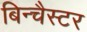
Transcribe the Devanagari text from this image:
बिन्चैस्टर